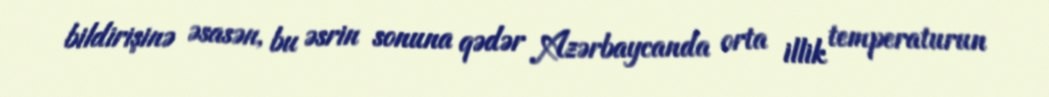
bildirişinə əsasən, bu əsrin sonuna qədər Azərbaycanda orta illik temperaturun